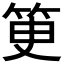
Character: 𥬽